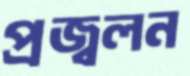
প্রজ্বলন